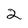
Character: 2